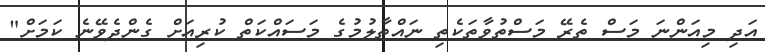
އަދި މިއަންނަ މަސް ތެރޭ މަސްތުވާތަކެތި ނައްތާލުމުގެ މަސައްކަތް ކުރިއަށް ގެންދެވޭނެ ކަމަށް"